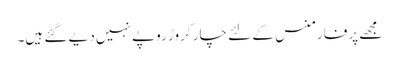
مجھے پرفارمنس کے لئے چار کروڑ روپے نہیں دیے گئے ہیں۔